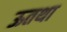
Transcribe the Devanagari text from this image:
ऊतथा